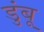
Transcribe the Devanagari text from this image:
डुंबू